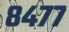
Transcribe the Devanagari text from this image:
८४७७